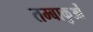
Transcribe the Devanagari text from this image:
तम्बाकुओं